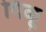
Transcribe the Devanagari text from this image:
गिळू